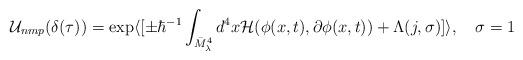
LaTeX: \begin{align*}{\cal U}_{nmp} (\delta(\tau)) = \exp \langle [\pm \hbar^{-1} \int_{\bar{M}^4_\lambda}d^4x {\cal H}(\phi(x,t), \partial \phi(x,t)) +\Lambda(j,\sigma) ]\rangle, \quad \sigma =1\end{align*}